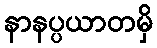
နာနပ္ပယာတမှိ